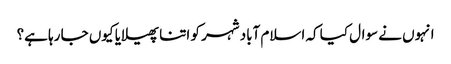
انہوں نے سوال کیا کہ اسلام آباد شہر کو اتنا پھیلایا کیوں جا رہا ہے؟